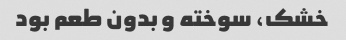
خشک، سوخته و بدون طعم بود